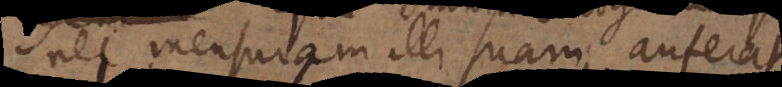
nec mensuram illi suam auferat,